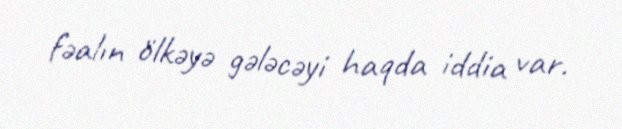
fəalın ölkəyə gələcəyi haqda iddia var.